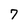
Character: 7